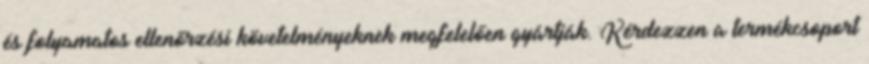
és folyamatos ellenőrzési követelményeknek megfelelően gyártják. Kérdezzen a termékcsoport